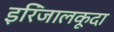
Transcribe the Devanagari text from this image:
इरिंजालकूदा